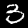
Digit: 3